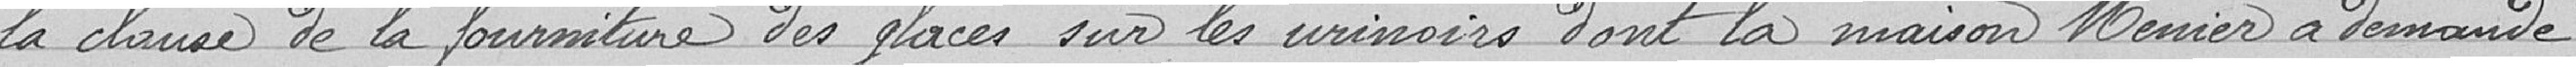
la clause de fourniture des glaces sur les urinoirs dont la maison MEUNIER a demandé